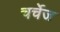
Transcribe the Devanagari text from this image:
चर्चेज